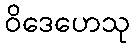
ဝိဒေဟေသု